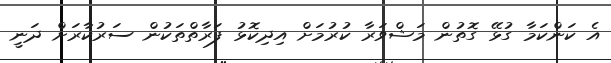
އެ ކަންކަމާ ގުޅޭ ގޮތުން މަޝްވަރާ ކުރުމަށް އިދިކޮޅު ފަރާތްތަކުން ސަރުކާރަށް ދަނީ